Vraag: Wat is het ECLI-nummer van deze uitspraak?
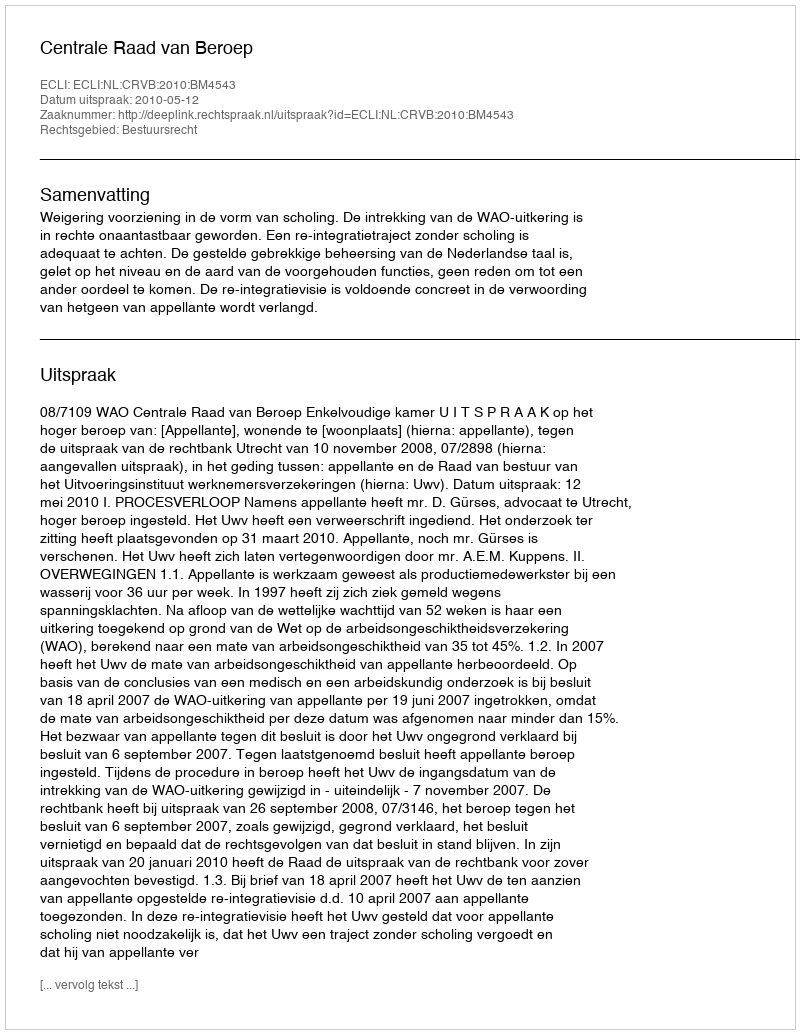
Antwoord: ECLI:NL:CRVB:2010:BM4543